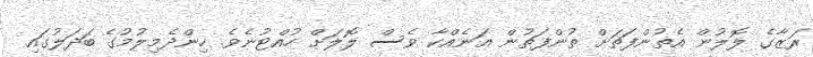
ރަޒާގެ ލޮލުން އެތުންފަތަށް ތުންފަތުން އަނެއްކާ ވެސް ލޮލަށް ހުއްޓުނެވެ. ހިންދެމިލުމުގެ ބަދަލުގައި